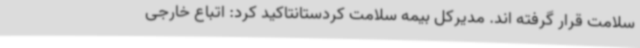
سلامت قرار گرفته اند. مدیرکل بیمه سلامت کردستانتاکید کرد: اتباع خارجی